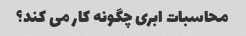
محاسبات ابری چگونه کار می کند؟